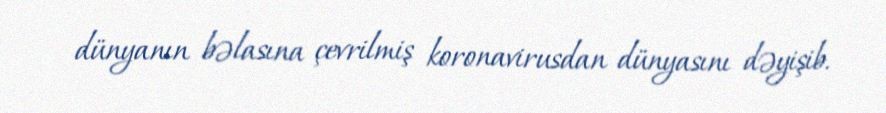
dünyanın bəlasına çevrilmiş koronavirusdan dünyasını dəyişib.